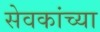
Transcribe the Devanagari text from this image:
सेवकांच्या